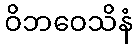
ဝိဘဝေသိနံ